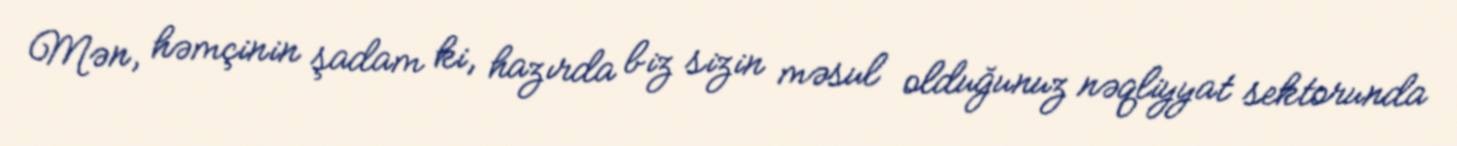
Mən, həmçinin şadam ki, hazırda biz sizin məsul olduğunuz nəqliyyat sektorunda